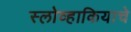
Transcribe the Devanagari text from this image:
स्लोव्हाकियाचे